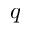
q